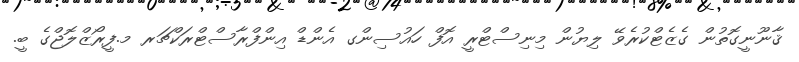
ޤާނޫނީގޮތުން ގެޒެޓްކުރެވޭ ލިޔުން މިނިސްޓްރީ އޮފް ހައުސިންގ އެންޑް އިންފްރާސްޓްރަކްޗަރ މ.ފީރޯޒްލޮޖްގެ ބީ.